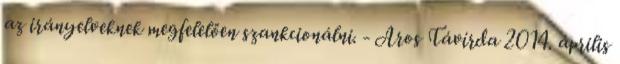
az irányelveknek megfelelően szankcionálni. - Aros Távírda 2014. április